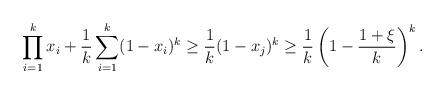
LaTeX: \begin{align*}\prod_{i=1}^k x_i +\frac 1k \sum_{i=1}^k (1-x_i)^k \geq \frac 1k (1-x_j)^k \geq \frac 1k \left( 1-\frac {1+\xi}k \right) ^k.\end{align*}